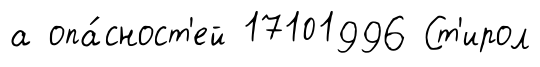
а опа́сност'ей 17101996 Ст'ирол